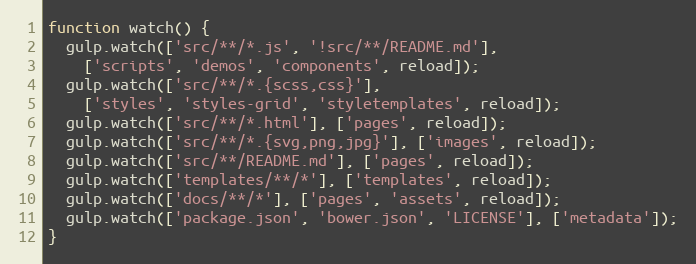
Language: JavaScript
function watch() {
  gulp.watch(['src/**/*.js', '!src/**/README.md'],
    ['scripts', 'demos', 'components', reload]);
  gulp.watch(['src/**/*.{scss,css}'],
    ['styles', 'styles-grid', 'styletemplates', reload]);
  gulp.watch(['src/**/*.html'], ['pages', reload]);
  gulp.watch(['src/**/*.{svg,png,jpg}'], ['images', reload]);
  gulp.watch(['src/**/README.md'], ['pages', reload]);
  gulp.watch(['templates/**/*'], ['templates', reload]);
  gulp.watch(['docs/**/*'], ['pages', 'assets', reload]);
  gulp.watch(['package.json', 'bower.json', 'LICENSE'], ['metadata']);
}